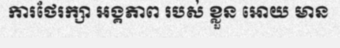
ការថែរក្សា អង្គភាព របស់ ខ្លួន អោយ មាន